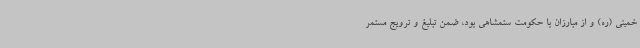
خمینی (ره) و از مبارزان با حکومت ستمشاهی بود، ضمن تبلیغ و ترویج مستمر